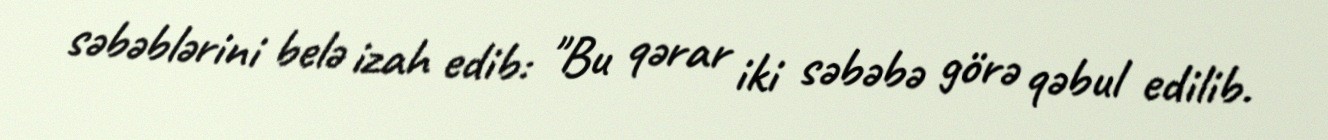
səbəblərini belə izah edib: ''Bu qərar iki səbəbə görə qəbul edilib.